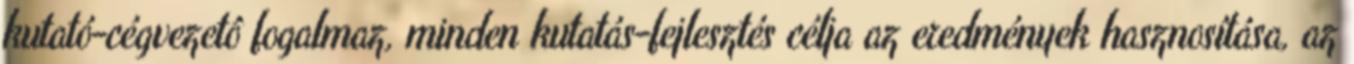
kutató-cégvezetô fogalmaz, minden kutatás-fejlesztés célja az eredmények hasznosítása, az